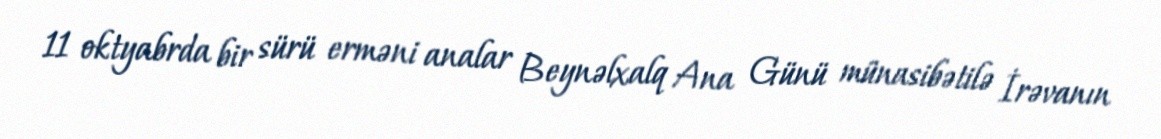
11 oktyabrda bir sürü erməni analar Beynəlxalq Ana Günü münasibətilə İrəvanın